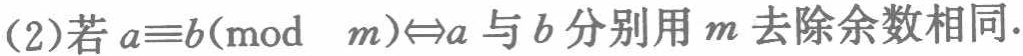
(2)若 \(a\equiv b(\bmod\ m)\Leftrightarrow a\) 与 \(b\) 分别用 \(m\) 去除余数相同.